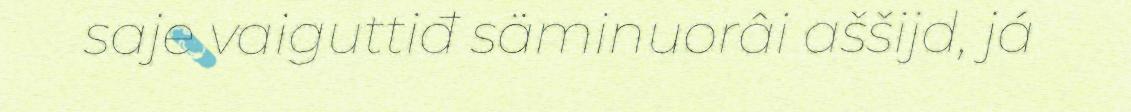
saje vaiguttiđ säminuorâi aššijd, já